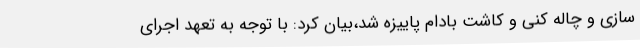
سازی و چاله کنی و کاشت بادام پاییزه شد،بیان کرد: با توجه به تعهد اجرای